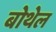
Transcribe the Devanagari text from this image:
बोथेल